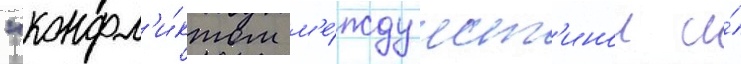
"конфл'и́ктом м'е́жду ист'инои и́